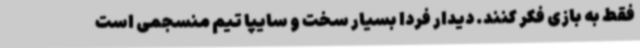
فقط به بازی فکر کنند. دیدار فردا بسیار سخت و سایپا تیم منسجمی است